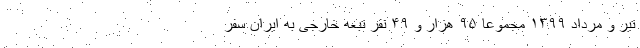
تیر و مرداد ۱۳۹۹ مجموعا ۹۵ هزار و ۴۹ نفر تبعه خارجی به ایران سفر